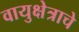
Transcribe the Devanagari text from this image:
वायुक्षेत्राचे